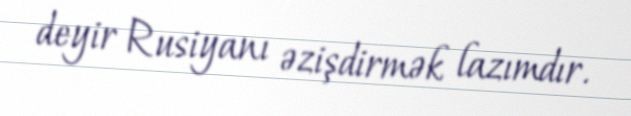
deyir Rusiyanı əzişdirmək lazımdır.